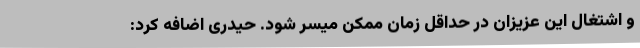
و اشتغال این عزیزان در حداقل زمان ممکن میسر شود. حیدری اضافه کرد: